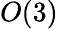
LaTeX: O(3)